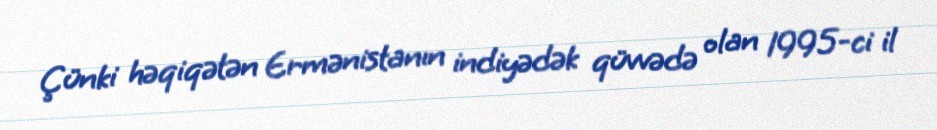
Çünki həqiqətən Ermənistanın indiyədək qüvvədə olan 1995-ci il